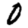
Digit: 0